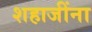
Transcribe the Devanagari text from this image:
शहाजींना